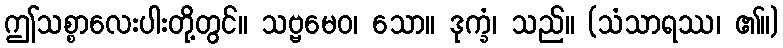
ဤသစ္စာလေးပါးတို့တွင်။ သဗ္ဗမေဝ၊ သော။ ဒုက္ခံ၊ သည်။ (သံသာရဿ၊ ၏။)